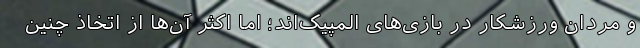
و مردان ورزشکار در بازی‌های المپیک‌اند؛ اما اکثر آن‌ها از اتخاذ چنین